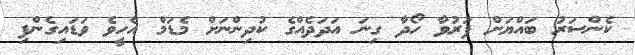
ކެންސަރު ބައްޔަށް ފަރުވާ ހޯދާ ގިނަ އަދަދެއްގެ ކުދިންނަށް މެޑަމް އެހީވެ ވަޑައިގެންފި